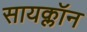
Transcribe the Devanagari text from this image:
सायक्लॉन